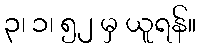
၃၊ ၁၊ ၅၂ မှ ယူရန်။